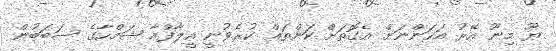
ޔޫ މިނޫ އޭރު އަހަންނަށް އެގޮތަށް ކަންތައް ކުރެވުނީ އީލާފްއާ ޝަމްހާގެ ސަބަބުން